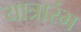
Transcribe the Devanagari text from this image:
यात्रारंभ